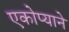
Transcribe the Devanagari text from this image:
एकोप्याने